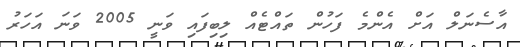
އާސެނަލް އަށް އެންމެ ފަހުން ތައްޓެއް ލިބިފައި ވަނީ 2005 ވަނަ އަހަރު